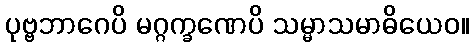
ပုဗ္ဗဘာဂေပိ မဂ္ဂက္ခဏေပိ သမ္မာသမာဓိယေဝ။